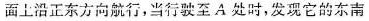
面上沿正东方向航行，当行驶至A处时，发现它的东南